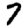
Digit: 7